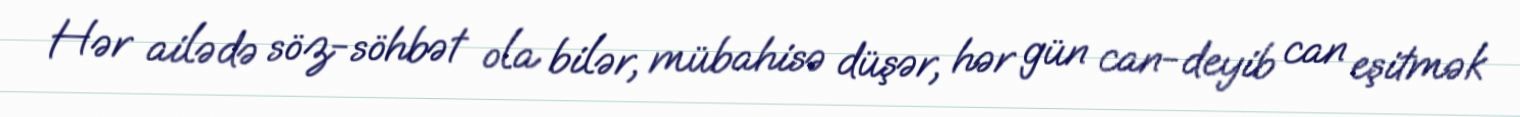
Hər ailədə söz-söhbət ola bilər, mübahisə düşər, hər gün can-deyib can eşitmək